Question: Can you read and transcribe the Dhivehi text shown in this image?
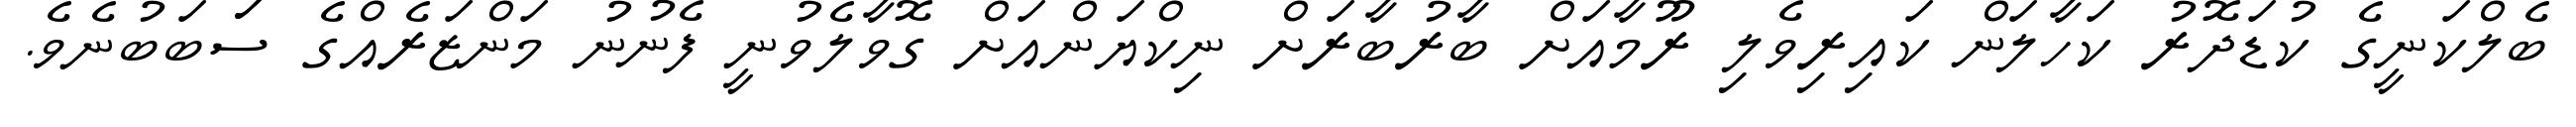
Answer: ބެލްކަނީގެ ކުޑަދޮރު ކަހާލަން ކައިރިވެލި ރޫމާއަށް ބާރުބާރަށް ނިކްޔަންއަށް ގޮވާލެވުނީ ފެނުނު މަންޒަރެއްގެ ސަަބަބުނެވެ.